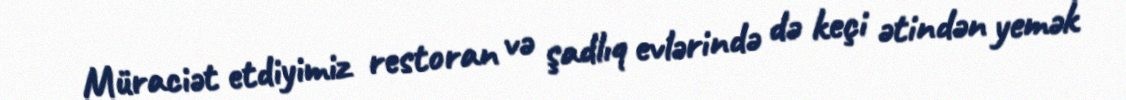
Müraciət etdiyimiz restoran və şadlıq evlərində də keçi ətindən yemək